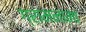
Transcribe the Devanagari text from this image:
ग्रामनामा